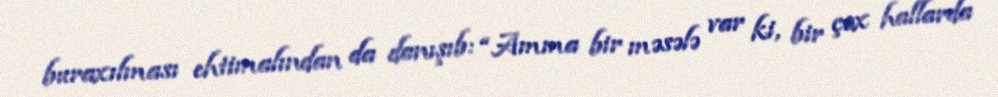
buraxılması ehtimalından da danışıb: “Amma bir məsələ var ki, bir çox hallarda